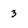
Character: 3